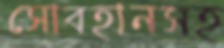
সোবহানসহ